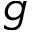
g